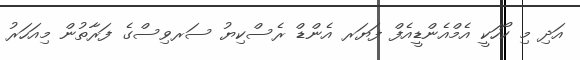
އަދި މި ކޯހަކީ އެމްއެންޑީއެފް ފަޔަރ އެންޑް ރެސްކިޔު ސަރވިސްގެ ފަރާތުން މިއަހަރު